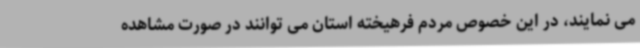
می نمایند، در این خصوص مردم فرهیخته استان می توانند در صورت مشاهده